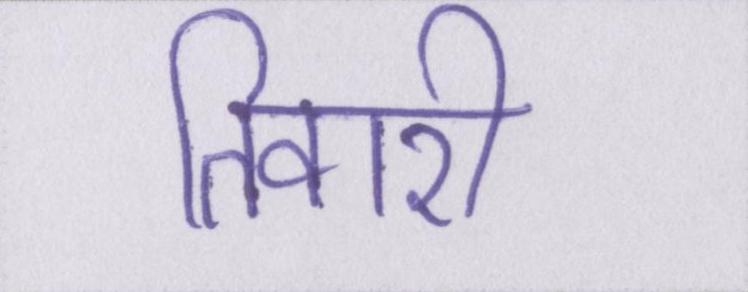
तिवारी